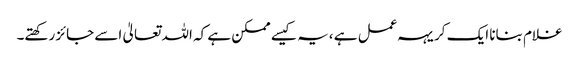
غلام بنانا ایک کریہہ عمل ہے ،یہ کیسے ممکن ہے کہ اللہ تعالیٰ اسے جائز رکھتے۔